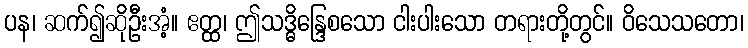
ပန၊ ဆက်၍ဆိုဦးအံ့။ ဧတ္ထ၊ ဤသဒ္ဓိန္ဒြေစသော ငါးပါးသော တရားတို့တွင်။ ဝိသေသတော၊